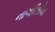
નાગરિકોના